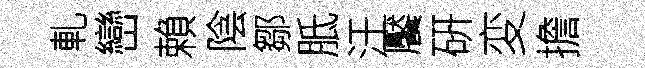
軋巒賴陰鄒胝汗饜硏変擔